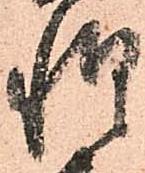
惶